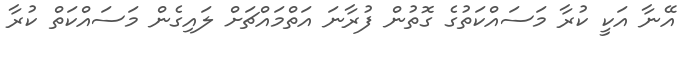
އޭނާ އަކީ ކުރާ މަސައްކަތުގެ ގޮތުން ފުރާނަ އަތްމައްޗަށް ލައިގެން މަސައްކަތް ކުރާ